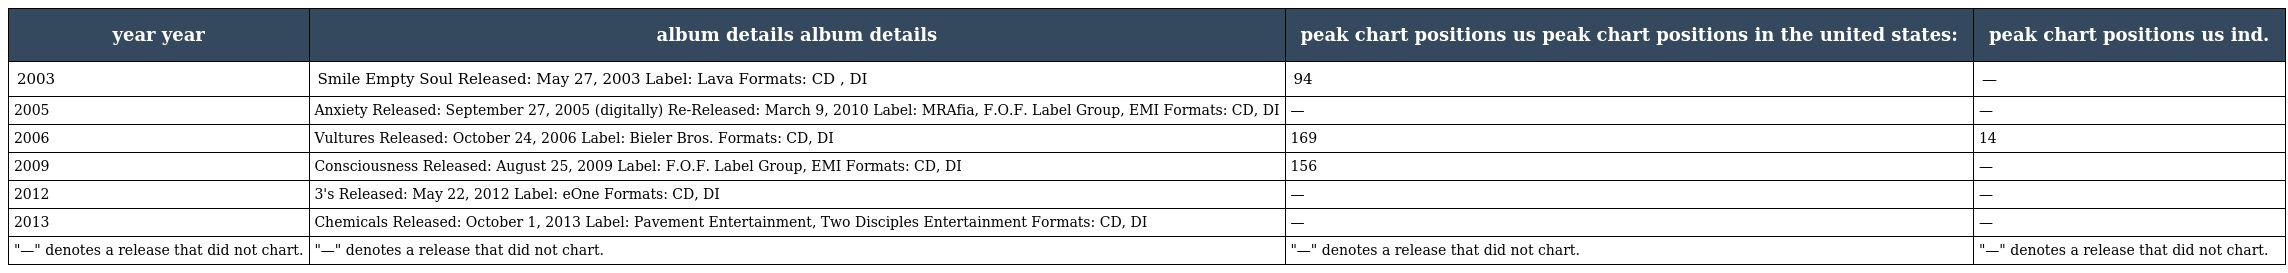
| year year | album details album details | peak chart positions us peak chart positions in the united states: | peak chart positions us ind. |
 | --- | --- | --- | --- |
 | 2003 | Smile Empty Soul Released: May 27, 2003 Label: Lava Formats: CD , DI | 94 | — |
 | 2005 | Anxiety Released: September 27, 2005 (digitally) Re-Released: March 9, 2010 Label: MRAfia, F.O.F. Label Group, EMI Formats: CD, DI | — | — |
 | 2006 | Vultures Released: October 24, 2006 Label: Bieler Bros. Formats: CD, DI | 169 | 14 |
 | 2009 | Consciousness Released: August 25, 2009 Label: F.O.F. Label Group, EMI Formats: CD, DI | 156 | — |
 | 2012 | 3's Released: May 22, 2012 Label: eOne Formats: CD, DI | — | — |
 | 2013 | Chemicals Released: October 1, 2013 Label: Pavement Entertainment, Two Disciples Entertainment Formats: CD, DI | — | — |
 | "—" denotes a release that did not chart. | "—" denotes a release that did not chart. | "—" denotes a release that did not chart. | "—" denotes a release that did not chart. |